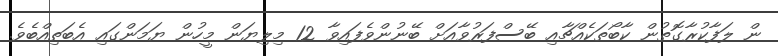
ން ލަފާކުރާގޮތުން ކާބޯތަކެއްޗާއި ބޭސްފަރުވާއަށް ބޭނުންވެފައިވާ 12 މިލިޔަން މީހުން ޔަމަންގައި އެބަތިއްބެވެ.